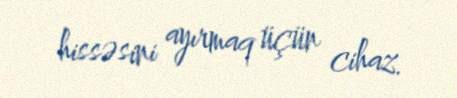
hissəsini ayırmaq üçün cihaz.